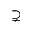
\supsetneq